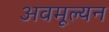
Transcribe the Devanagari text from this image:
अवमूल्‍यन